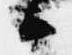
候